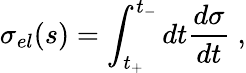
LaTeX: \sigma_{el}(s)=\int_{t_{+}}^{t_{-}}dt{\frac{d\sigma}{dt}}~,